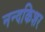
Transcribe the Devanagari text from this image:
नन्दकिशर